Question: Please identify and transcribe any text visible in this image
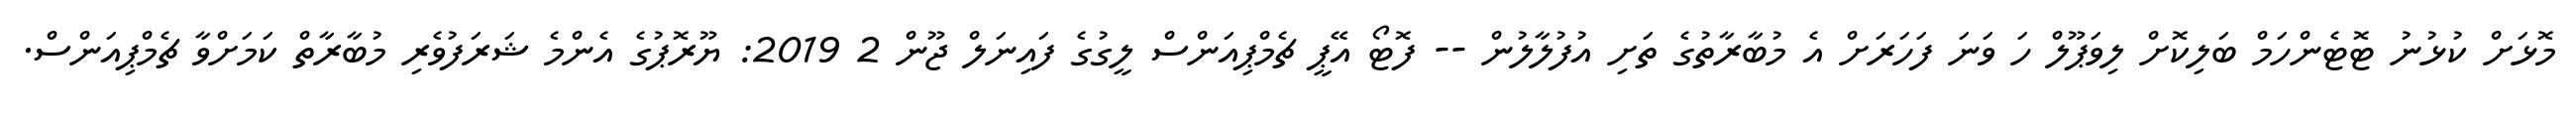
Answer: މޮޅަށް ކުޅުނު ޓޮޓެންހަމް ބަލިކޮށް ލިވަޕޫލް ހަ ވަނަ ފަހަރަށް އެ މުބާރާތުގެ ތަށި އުފުލާލުން -- ފޮޓޯ އޭޕީ ޗެމްޕިއަންސް ލީގުގެ ފައިނަލް ޖޫން 2 2019: ޔޫރޮޕުގެ އެންމެ ޝަރަފުވެރި މުބާރާތް ކަމަށްވާ ޗެމްޕިއަންސް.